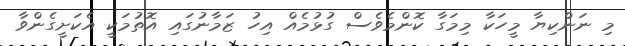
މި ނަންކިޔާ މީހަކާ މިމަގާ ކޮންމެވެސް ގުޅުމެއް އިހު ޒަމާނުގައި އޮތުމަކީ އެކަށީގެންވާ